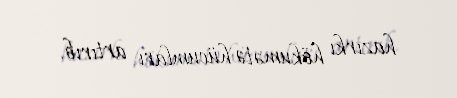
hazırkı hökumətə hücumları artırıb.